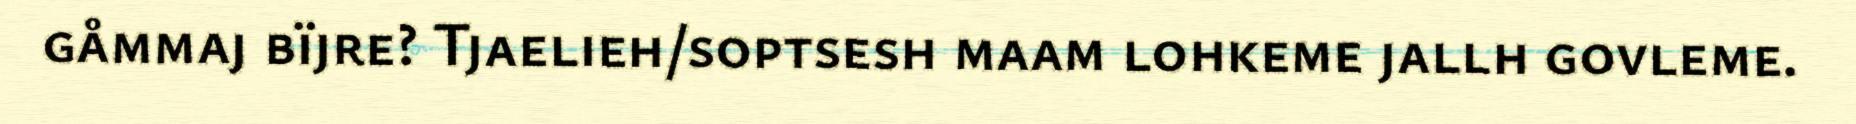
gåmmaj bïjre? Tjaelieh/soptsesh maam lohkeme jallh govleme.